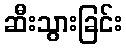
ဆီးသွားခြင်း